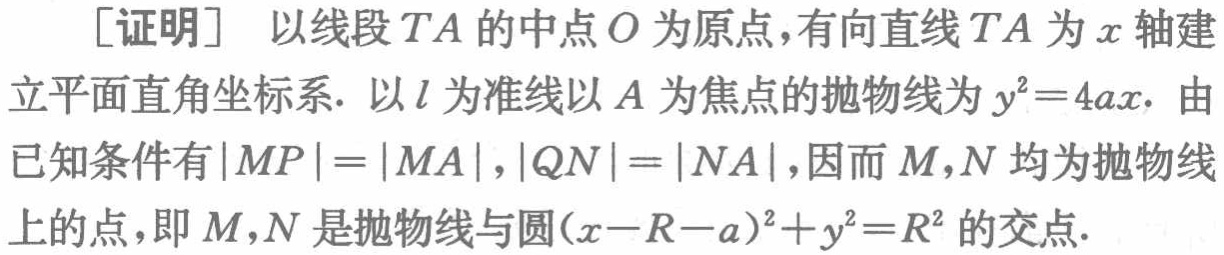
[证明] 以线段 \(TA\) 的中点 \(O\) 为原点,有向直线 \(TA\) 为 \(x\) 轴建立平面直角坐标系. 以 \(l\) 为准线以 \(A\) 为焦点的抛物线为 \(y^{2}=4ax\). 由已知条件有 \(|MP| = |MA|\), \(|QN| = |NA|\),因而 \(M,N\) 均为抛物线上的点,即 \(M,N\) 是抛物线与圆 \((x - R - a)^{2}+y^{2}=R^{2}\) 的交点.